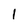
Character: I